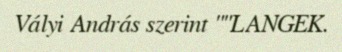
Vályi András szerint ""LANGEK.